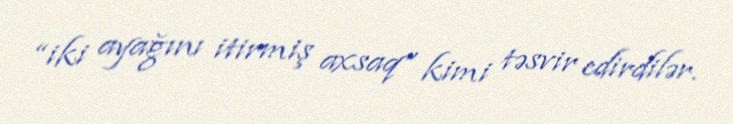
“iki ayağını itirmiş axsaq” kimi təsvir edirdilər.